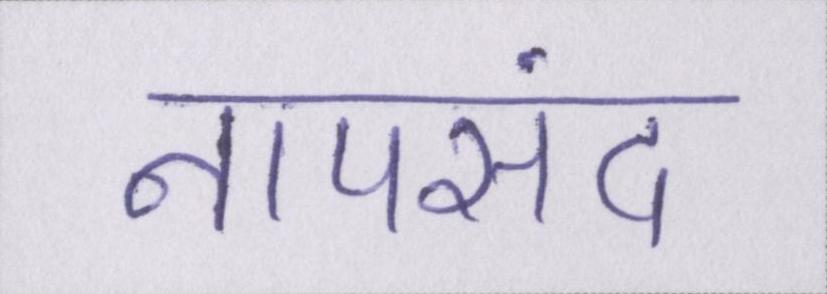
नापसंद